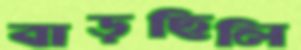
বাড়ছিলি